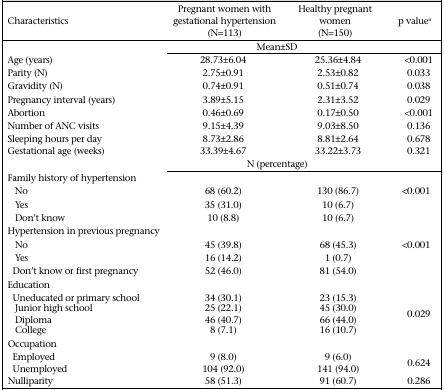
| Characteristics | Pregnant women with gestational hypertension (N=113) | Healthy pregnant women (N=150) | p valuea |
 |  | <COLSPAN=3> Mean±SD |
 | --- | --- | --- | --- |
 | Age (years) | 28.73±6.04 | 25.36±4.84 | <0.001 |
 | Parity (N) | 2.75±0.91 | 2.53±0.82 | 0.033 |
 | Gravidity (N) | 0.74±0.91 | 0.51±0.74 | 0.038 |
 | Pregnancy interval (years) | 3.89±5.15 | 2.31±3.52 | 0.029 |
 | Abortion | 0.46±0.69 | 0.17±0.50 | <0.001 |
 | Number of ANC visits | 9.15±4.39 | 9.03±8.50 | 0.136 |
 | Sleeping hours per day | 8.73±2.86 | 8.81±2.64 | 0.678 |
 | Gestational age (weeks) | 33.39±4.67 | 33.22±3.73 | 0.321 |
 |  | <COLSPAN=3> N (percentage) |
 | Family history of hypertension |  |  |  |
 | No | 68 (60.2) | 130 (86.7) | <0.001 |
 | Yes | 35 (31.0) | 10 (6.7) |  |
 | Don't know | 10 (8.8) | 10 (6.7) |  |
 | Hypertension in previous pregnancy |  |  |  |
 | No | 45 (39.8) | 68 (45.3) | <0.001 |
 | Yes | 16 (14.2) | 1 (0.7) |  |
 | Don't know or first pregnancy | 52 (46.0) | 81 (54.0) |  |
 | Education |  |  |  |
 | Uneducated or primary school | 34 (30.1) | 23 (15.3) |  |
 | Junior high school | 25 (22.1) | 45 (30.0) |  |
 | Diploma | 46 (40.7) | 66 (44.0) | 0.029 |
 | College | 8 (7.1) | 16 (10.7) |  |
 | Occupation |  |  |  |
 | Employed | 9 (8.0) | 9 (6.0) |  |
 | Unemployed | 104 (92.0) | 141 (94.0) | 0.624 |
 | Nulliparity | 58 (51.3) | 91 (60.7) | 0.286 |